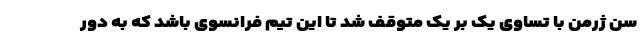
سن ژرمن با تساوی یک بر یک متوقف شد تا این تیم فرانسوی باشد که به دور